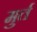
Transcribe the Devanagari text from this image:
मुर्त